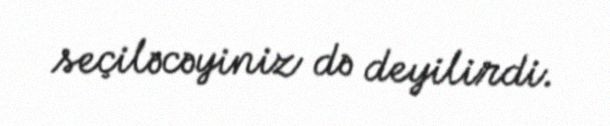
seçiləcəyiniz də deyilirdi.